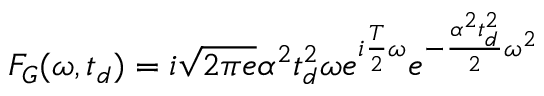
F _ { G } ( \omega , t _ { d } ) = i \sqrt { 2 \pi e } \alpha ^ { 2 } t _ { d } ^ { 2 } \omega e ^ { i \frac { T } { 2 } \omega } e ^ { - \frac { \alpha ^ { 2 } t _ { d } ^ { 2 } } { 2 } \omega ^ { 2 } }